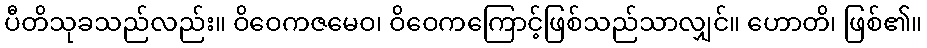
ပီတိသုခသည်လည်း။ ဝိဝေကဇမေဝ၊ ဝိဝေကကြောင့်ဖြစ်သည်သာလျှင်။ ဟောတိ၊ ဖြစ်၏။